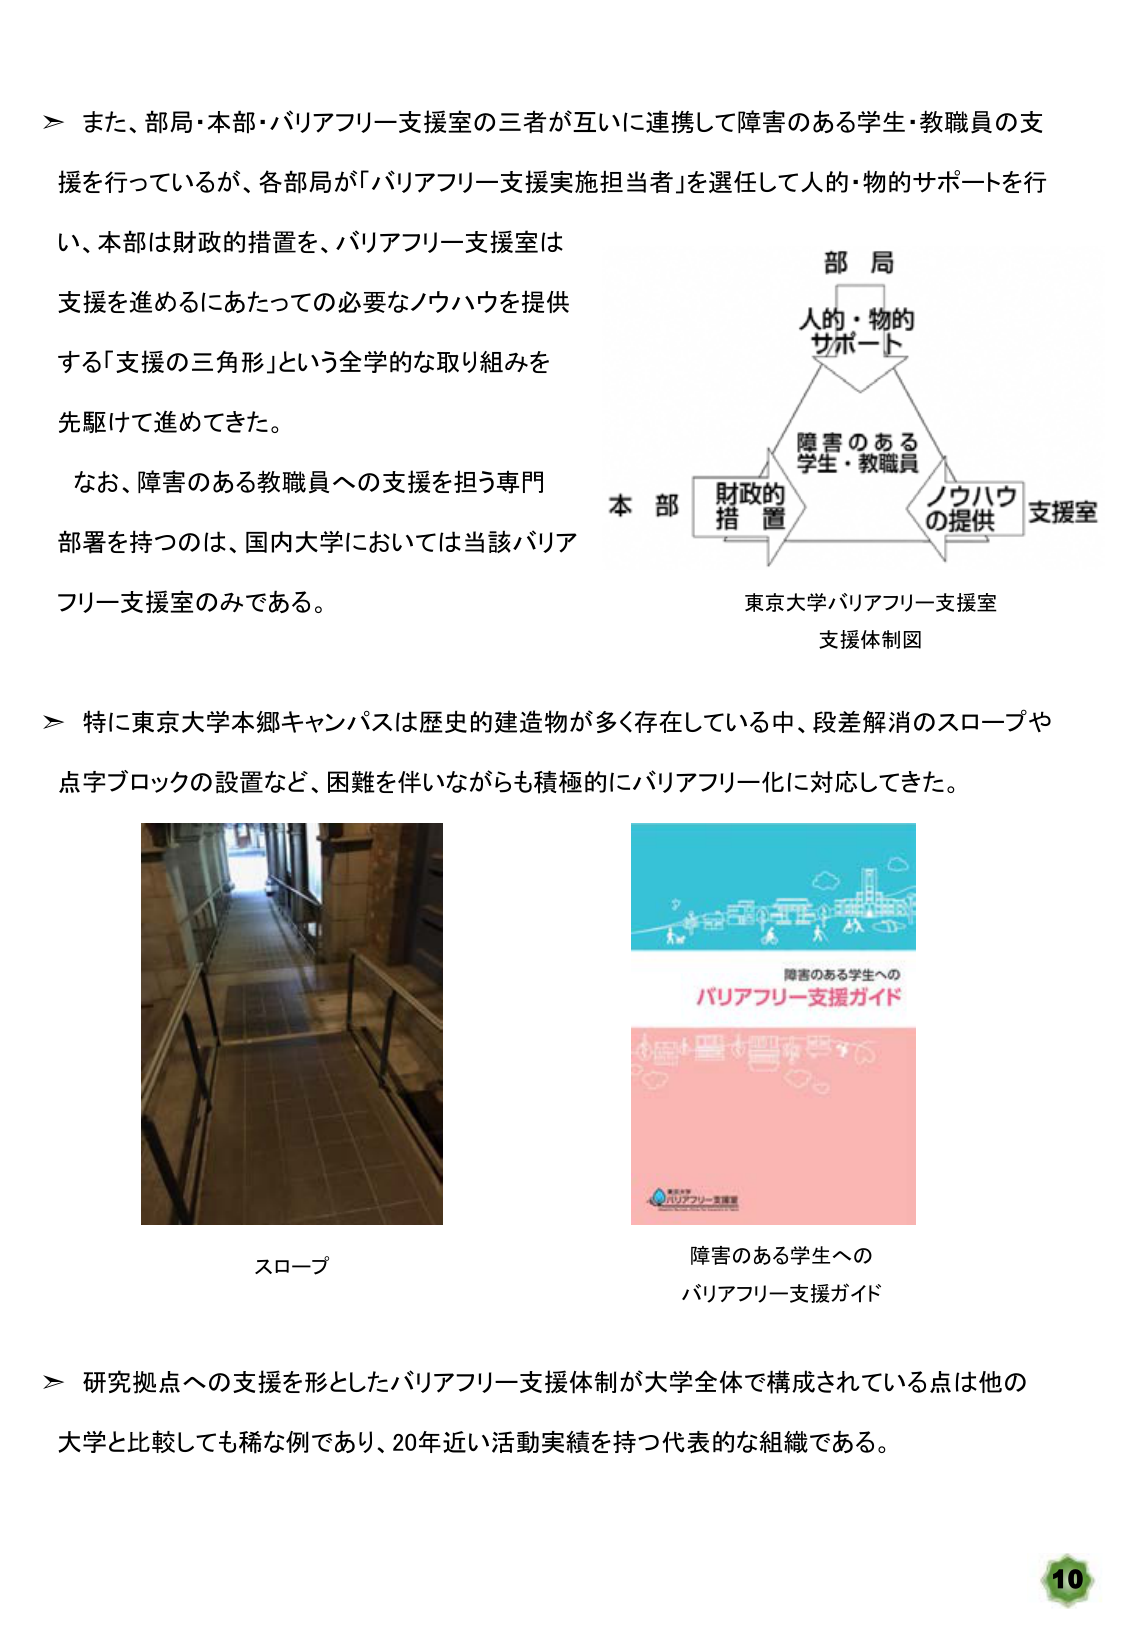
＞ また、部局・本部・バリアフリー支援室の三者が互いに連携して障害のある学生・教職員の支援を行っているが、各部局が「バリアフリー支援実施担当者」を選任して人的・物的サポートを行い、本部は財政的措置を、バリアフリー支援室は支援を進めるにあたっての必要なノウハウを提供する「支援の三角形」という全学的な取り組みを先駆けて進めてきた。

なお、障害のある教職員への支援を担う専門部署を持つのは、国内大学においては当該バリアフリー支援室のみである。

＞ 特に東京大学本郷キャンパスは歴史的建造物が多く存在している中、段差解消のスロープや点字ブロックの設置など、困難を伴いながらも積極的にバリアフリー化に対応してきた。

スロープ

障害のある学生への
バリアフリー支援ガイド

＞ 研究拠点への支援を形としたバリアフリー支援体制が大学全体で構成されている点は他の大学と比較しても稀な例であり、20年近い活動実績を持つ代表的な組織である。

部局
人的・物的
サポート
障害のある
学生・教職員
本部
財政的
措置
支援室
ノウハウ
の提供
東京大学バリアフリー支援室
支援体制図

10